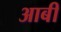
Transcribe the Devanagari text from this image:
आबी